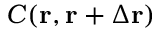
C ( \mathbf { r } , \mathbf { r } + \Delta \mathbf { r } )